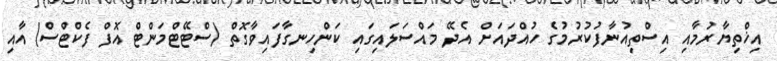
އިޚްތިޔާރުމާއި އިސްތިއުނާފުކުރުމުގެ ހުއްދައަށް އެދޭ މައްސަލައިގައި ކަންހިނގާފައިވާގޮތް (ސްޓޭޓްމަންޓް އޮފް ފެކްޓްސް) އާއި